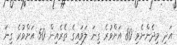
އަދި މިދެންނެވި 80 އަށްވުރެ ގިނަ ލަވައިގެ ތެރެއިން 50 އަށްވުރެ ގިނަ